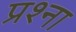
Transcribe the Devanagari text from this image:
प्रश्ना